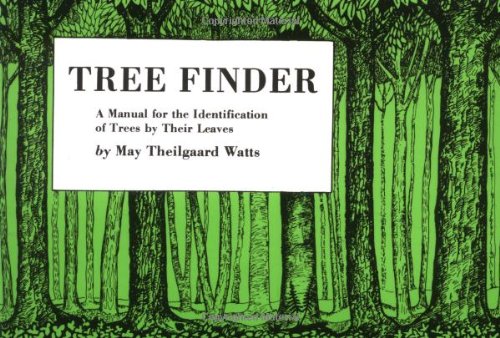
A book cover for Tree Finder: A Manual for Identification of Trees by their Leaves (Eastern US) (Nature Study Guides); May Theilgaard Watts; Science & Math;